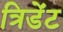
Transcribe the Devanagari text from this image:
त्रिडेंट